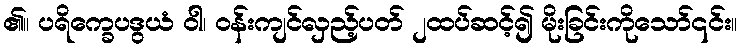
၏။ ပရိက္ခေပဒွယံ ဝါ၊ ဝန်းကျင်လှည့်ပတ် ၂ထပ်ဆင့်၍ မိုးခြင်းကိုသော်၎င်း။